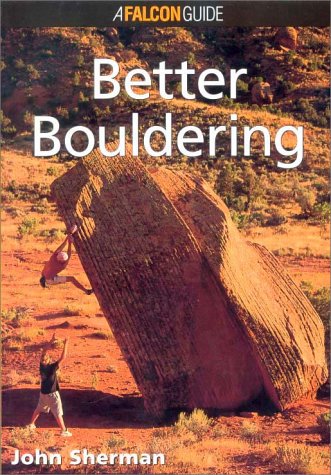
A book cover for Better Bouldering (How To Climb Series); John Sherman; Sports & Outdoors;